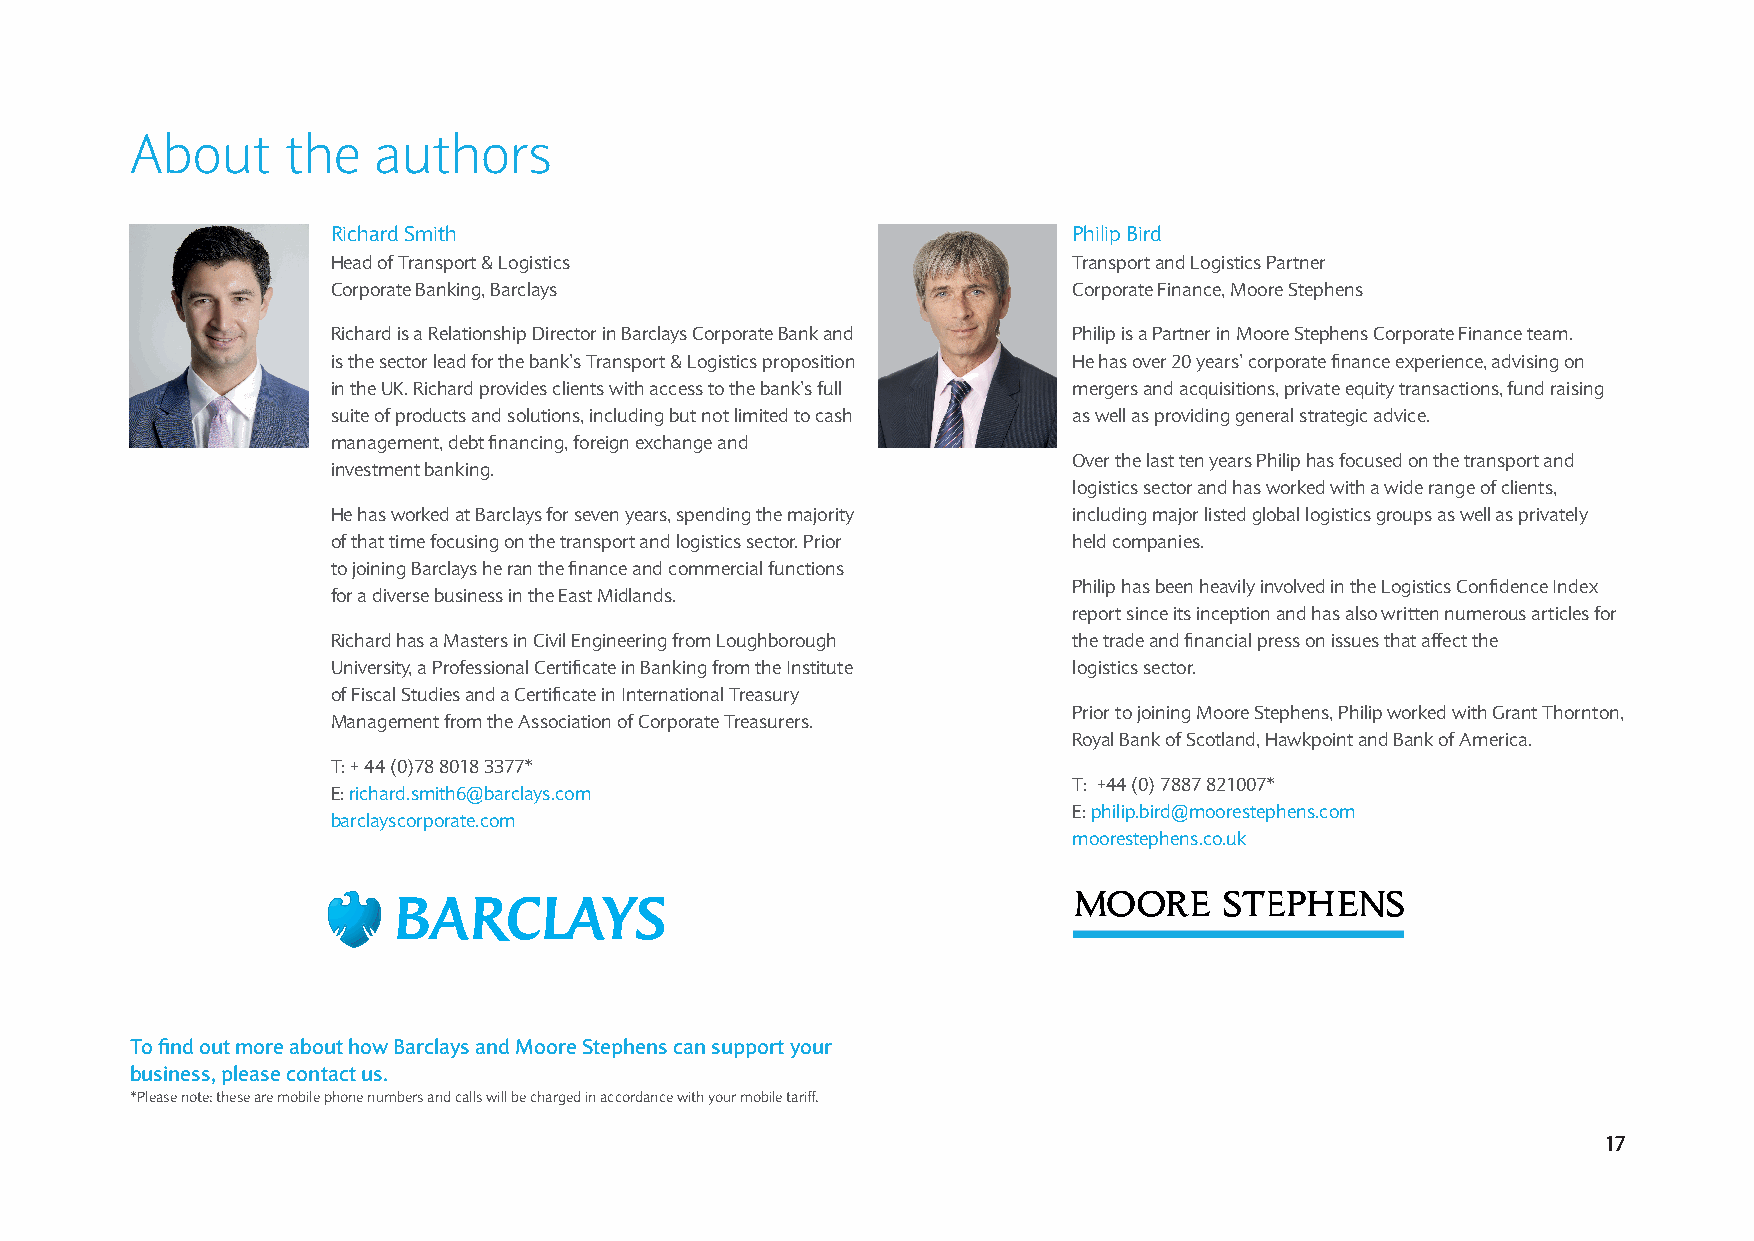
About     the   authors
 Richard Smith                                    Philip Bird
 Head of Transport & Logistics                    Transport and Logistics Partner
 Corporate Banking, Barclays                      Corporate Finance, Moore Stephens
 Richard is a Relationship Director in Barclays Corporate Bank and Philip is a Partner in Moore Stephens Corporate Finance team.
 is the sector lead for the bank’s Transport & Logistics proposition He has over 20 years’ corporate fi nance experience, advising on
 in the UK. Richard provides clients with access to the bank’s full mergers and acquisitions, private equity transactions, fund raising
 suite of products and solutions, including but not limited to cash as well as providing general strategic advice.
 management, debt fi nancing, foreign exchange and
 Over the last ten years Philip has focused on the transport and
 investment banking.
 logistics sector and has worked with a wide range of clients,
 He has worked at Barclays for seven years, spending the majority including major listed global logistics groups as well as privately
 of that time focusing on the transport and logistics sector. Prior held companies.
 to joining Barclays he ran the fi nance and commercial functions
 Philip has been heavily involved in the Logistics Confi dence Index
 for a diverse business in the East Midlands.
 report since its inception and has also written numerous articles for
 Richard has a Masters in Civil Engineering from Loughborough the trade and fi nancial press on issues that affect the
 University, a Professional Certifi cate in Banking from the Institute logistics sector.
 of Fiscal Studies and a Certifi cate in International Treasury
 Prior to joining Moore Stephens, Philip worked with Grant Thornton,
 Management from the Association of Corporate Treasurers.
 Royal Bank of Scotland, Hawkpoint and Bank of America.
 T: + 44 (0)78 8018 3377*
 T: +44 (0) 7887 821007*
 E: richard.smith6@barclays.com
 E: philip.bird@moorestephens.com
 barclayscorporate.com
 moorestephens.co.uk
 To fi nd out more about how Barclays and Moore Stephens can support your
 business, please contact us.
 *Please note: these are mobile phone numbers and calls will be charged in accordance with your mobile tariff.
 17